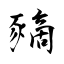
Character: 豴